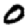
Digit: 0